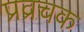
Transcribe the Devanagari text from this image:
प्रव्रचक